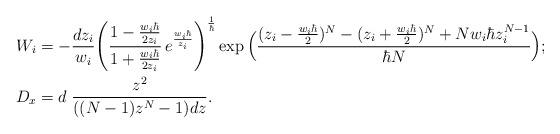
LaTeX: \begin{align*}W_i & = - \frac{dz_i}{w_i} \Bigg( \frac{1-\frac{w_i\hbar}{2z_i}}{1+\frac{w_i\hbar}{2z_i}}\, e^{\frac{w_i\hbar }{z_i}}\Bigg)^{\frac 1\hbar} \exp\Big( \frac{(z_i-\frac{w_i\hbar}{2})^{N}-(z_i+\frac{w_i\hbar}{2})^{N}+Nw_i\hbar z_i^{N-1}}{\hbar N} \Big) ;\\ D_x & = d \; \frac{z^2}{((N-1)z^{N}-1)dz}.\end{align*}